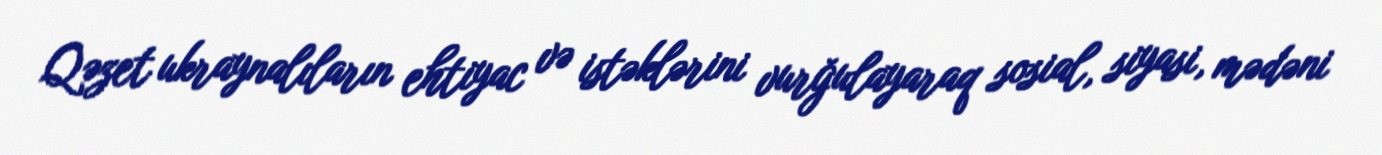
Qəzet ukraynalıların ehtiyac və istəklərini vurğulayaraq sosial, siyasi, mədəni